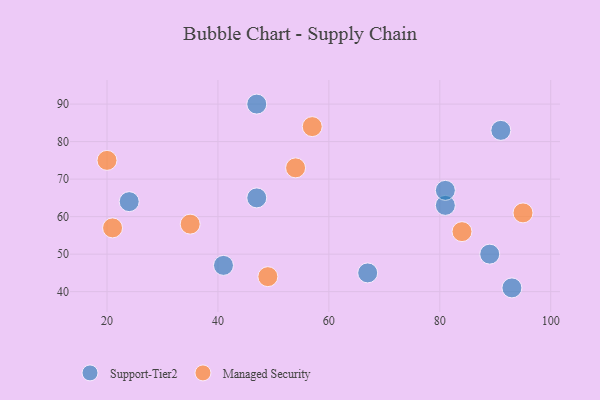
{"axis": {"x": "GDP", "y": "Life Expectancy"}, "legend": ["Managed Security", "Support-Tier2"], "data": [{"x": "89", "y": 50, "type": "Support-Tier2"}, {"x": "47", "y": 65, "type": "Support-Tier2"}, {"x": "93", "y": 41, "type": "Support-Tier2"}, {"x": "41", "y": 47, "type": "Support-Tier2"}, {"x": "81", "y": 63, "type": "Support-Tier2"}, {"x": "91", "y": 83, "type": "Support-Tier2"}, {"x": "47", "y": 90, "type": "Support-Tier2"}, {"x": "81", "y": 67, "type": "Support-Tier2"}, {"x": "67", "y": 45, "type": "Support-Tier2"}, {"x": "24", "y": 64, "type": "Support-Tier2"}, {"x": "35", "y": 58, "type": "Managed Security"}, {"x": "54", "y": 73, "type": "Managed Security"}, {"x": "84", "y": 56, "type": "Managed Security"}, {"x": "20", "y": 75, "type": "Managed Security"}, {"x": "95", "y": 61, "type": "Managed Security"}, {"x": "57", "y": 84, "type": "Managed Security"}, {"x": "21", "y": 57, "type": "Managed Security"}, {"x": "49", "y": 44, "type": "Managed Security"}]}